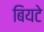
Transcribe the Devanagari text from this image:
बियटे